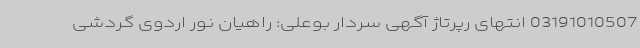
03191010507 انتهای رپرتاژ آگهی سردار بوعلی: راهیان نور اردوی گردشی